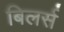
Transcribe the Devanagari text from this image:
बिलर्स